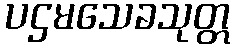
ပဌမသေခသုတ္တ